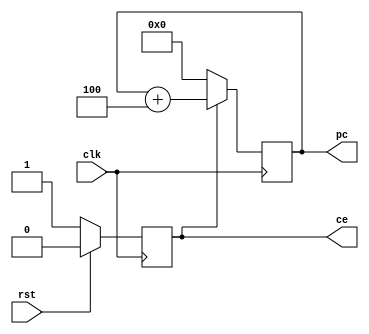
`timescale 1ns / 1ps
//////////////////////////////////////////////////////////////////////////////////
// Company: 
// Engineer: 
// 
// Design Name: 
// Module Name: if
// Project Name: 
// Target Devices: 
// Tool Versions: 
// Description: 
// 
// Dependencies: 
// 
// Revision:
// Revision 0.01 - File Created
// Additional Comments:
// 
//////////////////////////////////////////////////////////////////////////////////

module ifetch(
        input wire rst,
        input wire clk,
        output reg[31:0] pc,
        output reg ce
    );

always @(posedge clk)
begin
    if (rst == 1'b1)
        begin
            ce <= 1'b0;
        end
    else
        begin
            ce <= 1'b1;
        end
end

always @(posedge clk)
begin
    if (ce == 1'b0)
        begin
            pc <= 32'h0;
        end
    else
        begin
            pc <= pc + 4;
        end
end

endmodule